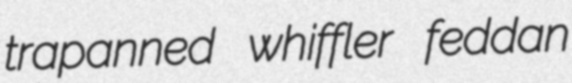
trapanned whiffler feddan